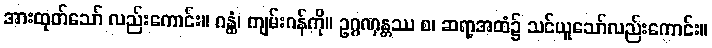
အားထုတ်သော် လည်းကောင်း။ ဂန္ထံ၊ ကျမ်းဂန်ကို။ ဥဂ္ဂဏှန္တဿ စ၊ ဆရာ့အထံ၌ သင်ယူသော်လည်းကောင်း။